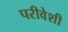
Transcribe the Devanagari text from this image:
परीवेशी